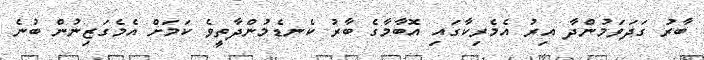
ބާރު ގަދަވަމުންދާ އިރު އެމެރިކާގައި އޮބާމާގެ ބާރު ކެނޑެމުންދާތީވެ ކަމަށް އެމެގަޒިނުން ބުނެ